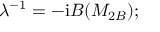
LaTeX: \lambda ^ { - 1 } = - \mathrm { i } B ( M _ { 2 B } ) ;